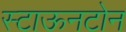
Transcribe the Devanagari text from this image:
स्टाऊनटोन